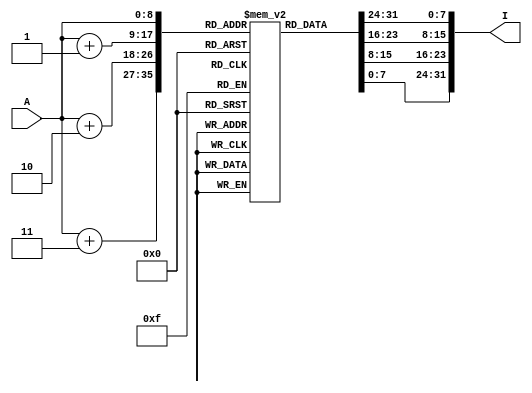
module InstructionMemory(
    input wire [8:0] A, // Address input
    output wire [31:0] I // Instruction output
);

reg [7:0] mem [0:511]; // ROM memory with 512 locations, each 8 bits wide

reg [31:0] instruction_output; // Internal variable to capture instruction output

always @(A) begin
    // Reading operation
    instruction_output = {mem[A], mem[A+1], mem[A+2], mem[A+3]};
end

assign I = instruction_output; // Assign the internal variable to the output
endmodule